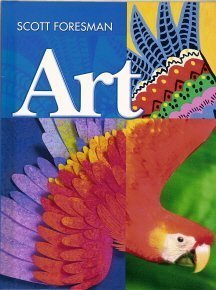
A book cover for SCOTT FORESMAN ART 2005 STUDENT EDITION GRADE 7; Scott Foresman; Teen & Young Adult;